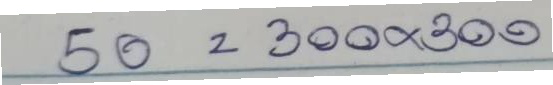
50 = 300x300